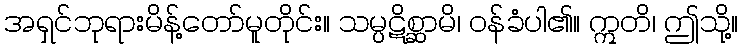
အရှင်ဘုရားမိန့်တော်မူတိုင်း။ သမ္ပဋိစ္ဆာမိ၊ ဝန်ခံပါ၏။ ဣတိ၊ ဤသို့။